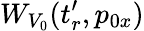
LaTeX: W_{V_{0}}(t_{r}^{\prime},p_{0x})